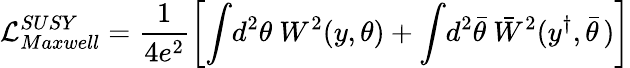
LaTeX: {\cal L}_{Maxwell}^{SUSY}=\frac{1}{4e^{2}}\left[\int\! d^{2}\theta~W^{2}\! \left(y,\theta\right)+\int\! d^{2}\bar{\theta}~\bar{W}^{2}(y^{\dagger},\bar{\theta}\, )\right]